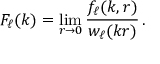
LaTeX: F _ { \ell } ( k ) = \operatorname * { l i m } _ { r \to 0 } \frac { f _ { \ell } ( k , r ) } { w _ { \ell } ( k r ) } \, .